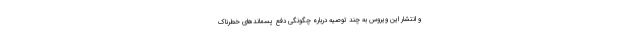
و انتشار این ویروس به چند توصیه درباره چگونگی دفع ‌پسماندهای خطرناک